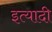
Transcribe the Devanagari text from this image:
इत्यादी